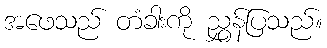
အဖေသည် တံခါးကို ညွှန်ပြသည်။